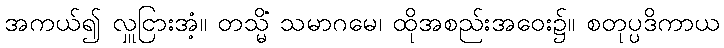
အကယ်၍ လှူငြားအံ့။ တသ္မိံ သမာဂမေ၊ ထိုအစည်းအဝေး၌။ စတုပ္ပဒိကာယ